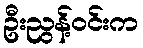
ဦးညွန့်ဝင်းက